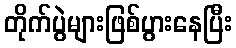
တိုက်ပွဲများဖြစ်ပွားနေပြီး